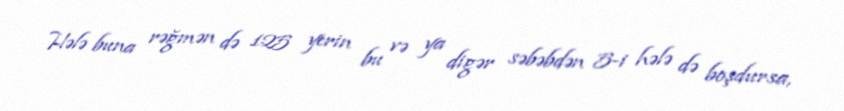
Hələ buna rəğmən də 125 yerin bu və ya digər səbəbdən 5-i hələ də boşdursa,